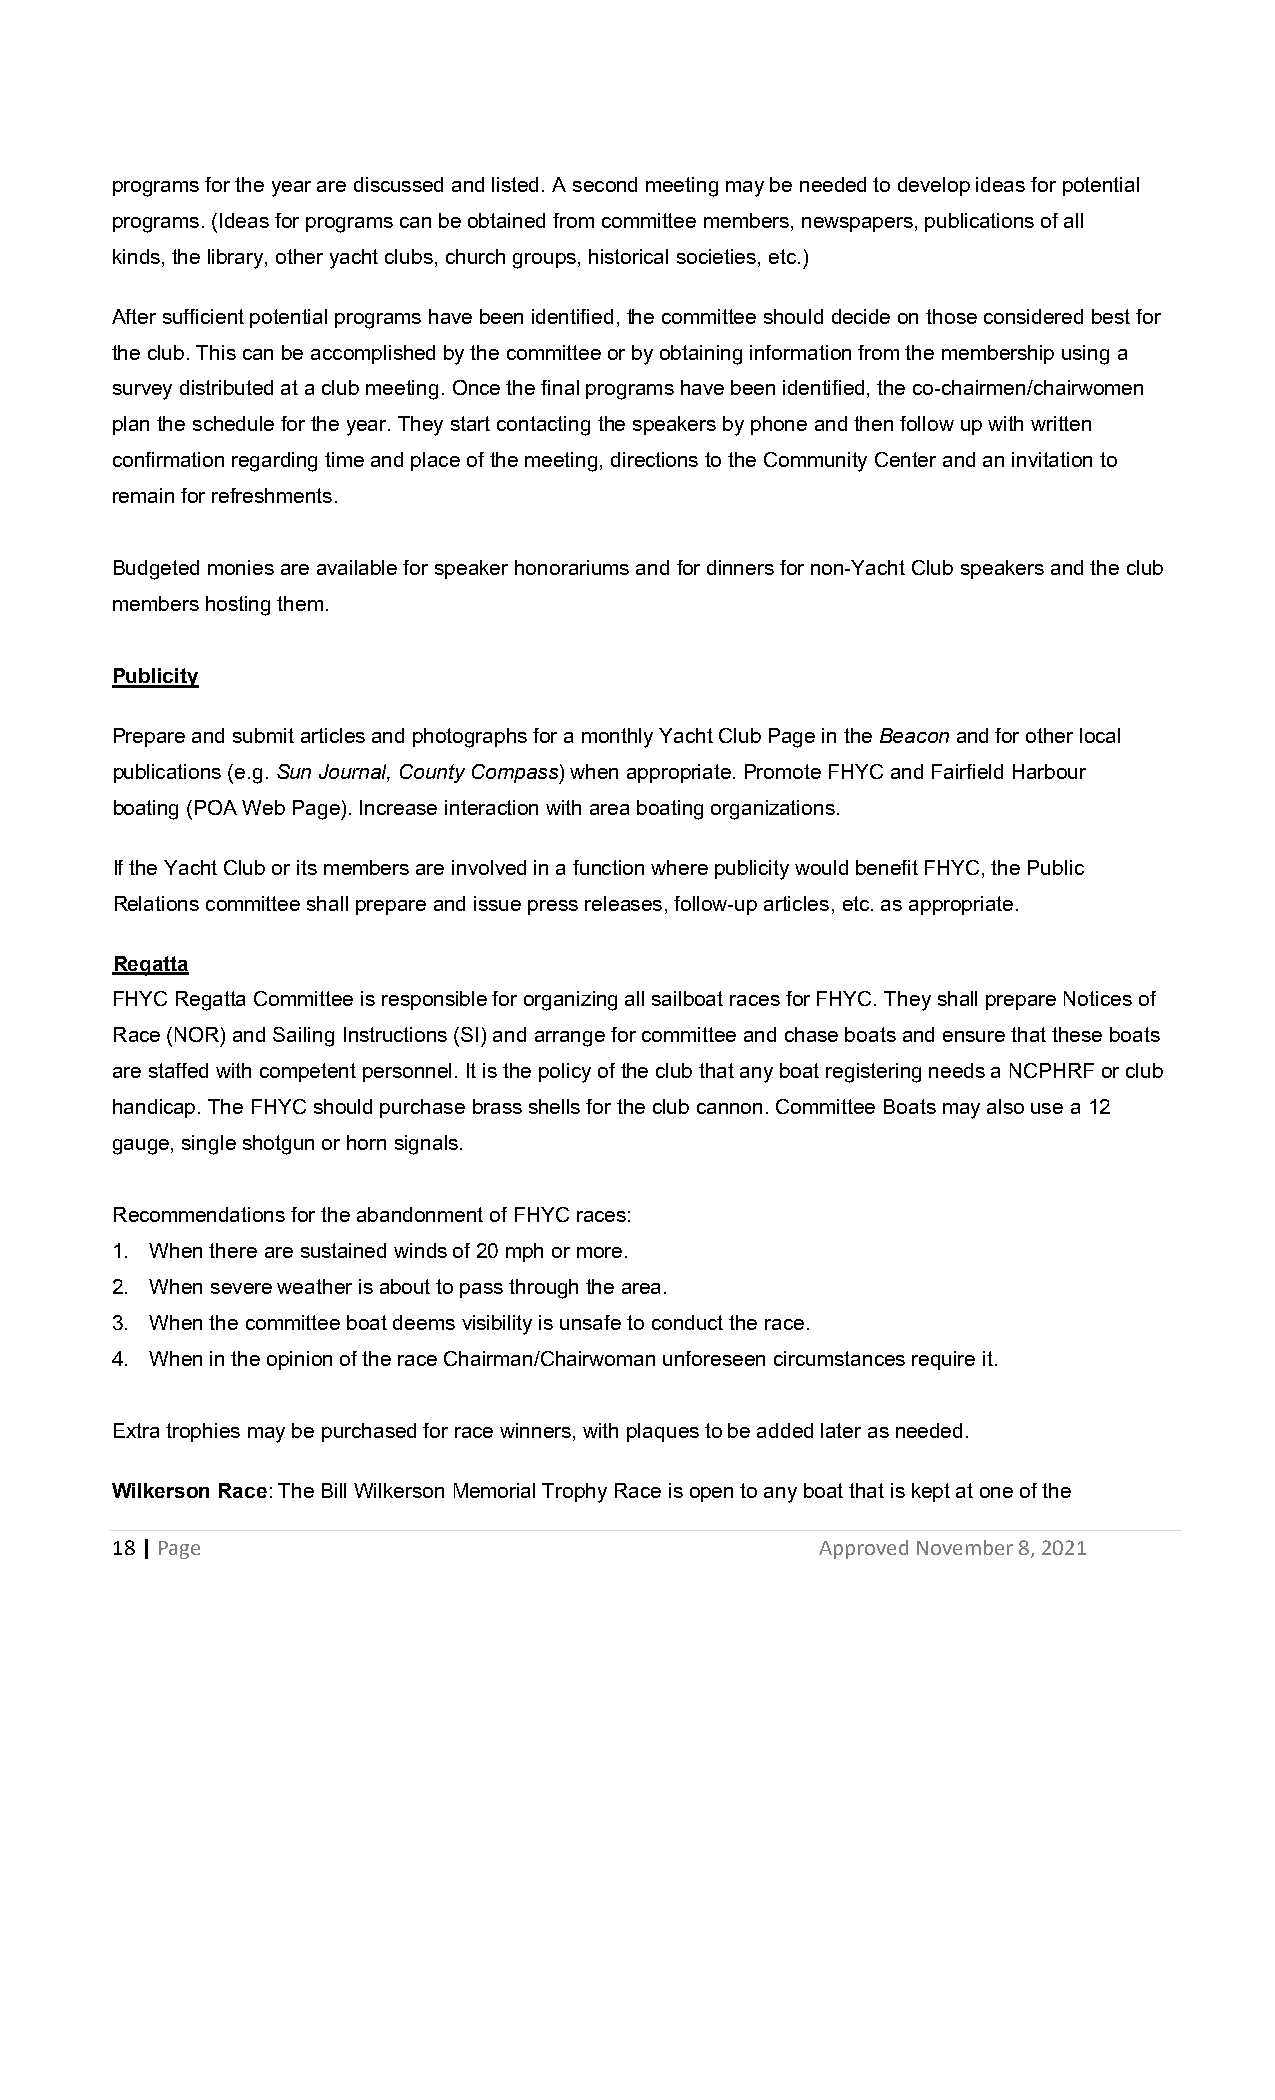
programs for the year are discussed and listed. A second meeting may be needed to develop ideas for potential
 programs. (Ideas for programs can be obtained from committee members, newspapers, publications of all
 kinds, the library, other yacht clubs, church groups, historical societies, etc.)
 After sufficient potential programs have been identified, the committee should decide on those considered best for
 the club. This can be accomplished by the committee or by obtaining information from the membership using a
 survey distributed at a club meeting. Once the final programs have been identified, the co-chairmen/chairwomen
 plan the schedule for the year. They start contacting the speakers by phone and then follow up with written
 confirmation regarding time and place of the meeting, directions to the Community Center and an invitation to
 remain for refreshments.
 Budgeted monies are available for speaker honorariums and for dinners for non-Yacht Club speakers and the club
 members hosting them.
 Publicity
 Prepare and submit articles and photographs for a monthly Yacht Club Page in the Beacon and for other local
 publications (e.g. Sun Journal, County Compass) when appropriate. Promote FHYC and Fairfield Harbour
 boating (POA Web Page). Increase interaction with area boating organizations.
 If the Yacht Club or its members are involved in a function where publicity would benefit FHYC, the Public
 Relations committee shall prepare and issue press releases, follow-up articles, etc. as appropriate.
 Regatta
 FHYC Regatta Committee is responsible for organizing all sailboat races for FHYC. They shall prepare Notices of
 Race (NOR) and Sailing Instructions (SI) and arrange for committee and chase boats and ensure that these boats
 are staffed with competent personnel. It is the policy of the club that any boat registering needs a NCPHRF or club
 handicap. The FHYC should purchase brass shells for the club cannon. Committee Boats may also use a 12
 gauge, single shotgun or horn signals.
 Recommendations for the abandonment of FHYC races:
 1. When there are sustained winds of 20 mph or more.
 2. When severe weather is about to pass through the area.
 3. When the committee boat deems visibility is unsafe to conduct the race.
 4. When in the opinion of the race Chairman/Chairwoman unforeseen circumstances require it.
 Extra trophies may be purchased for race winners, with plaques to be added later as needed.
 Wilkerson Race: The Bill Wilkerson Memorial Trophy Race is open to any boat that is kept at one of the
 18 | Page                                      Approved November 8, 2021